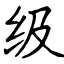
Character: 级